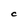
Character: C